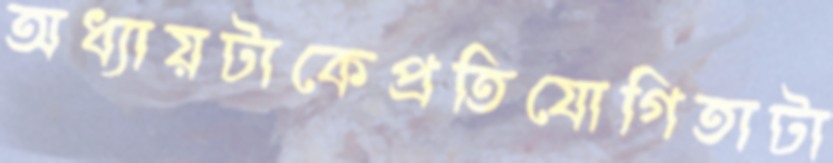
অধ্যায়টাকেপ্রতিযোগিতাটা